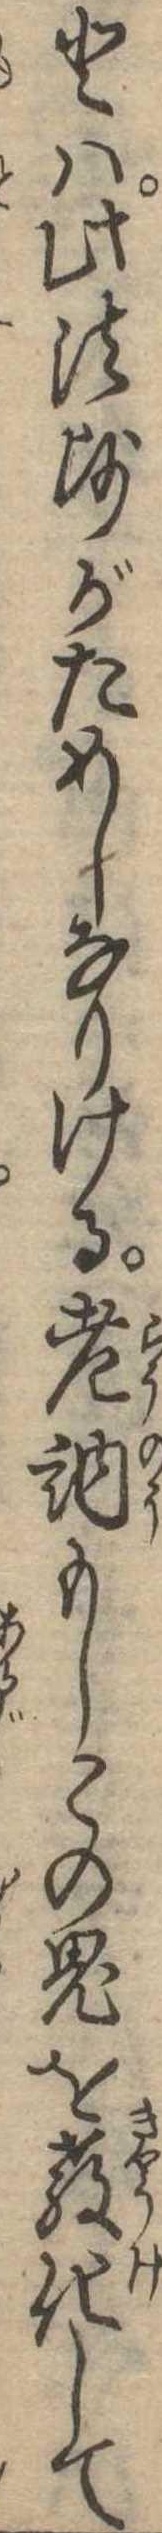
とは此法師がためしなりける老衲もしこの鬼を教化して